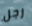
رجل